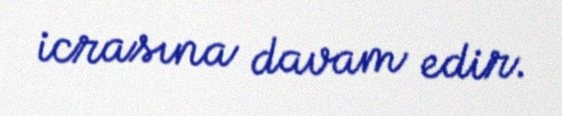
icrasına davam edir.